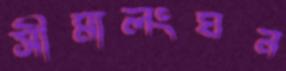
সীমালংঘন